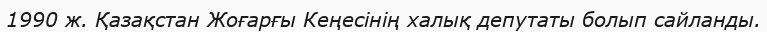
1990 ж. Қазақстан Жоғарғы Кеңесінің халық депутаты болып сайланды.